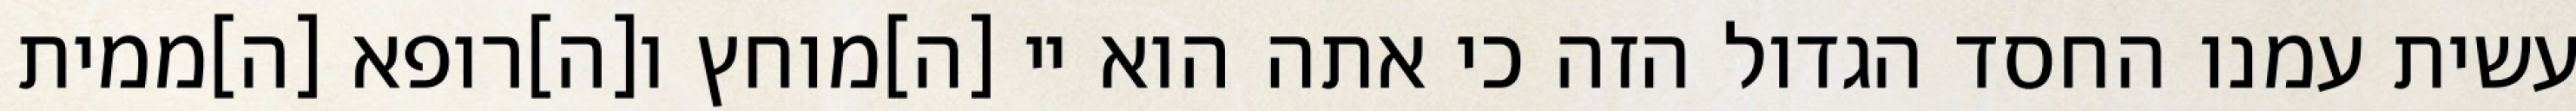
עשית עמנו החסד הגדול הזה כי אתה הוא יי [ה]מוחץ ו[ה]רופא [ה]ממית